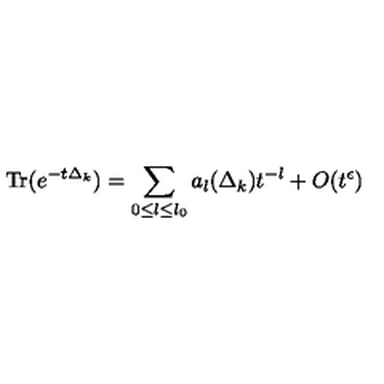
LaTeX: \mathrm { T r } ( e ^ { - t \Delta _ { k } } ) = \sum _ { 0 { \le } l { \le } l _ { 0 } } a _ { l } ( \Delta _ { k } ) t ^ { - l } + O ( t ^ { \epsilon } )